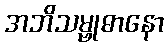
အဘိသမ္ဗုဓာနော